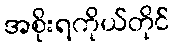
အစိုးရကိုယ်တိုင်